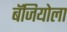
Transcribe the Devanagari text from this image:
बॅजियोला